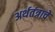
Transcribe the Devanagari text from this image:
अर्थतंत्राचे